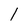
Character: l